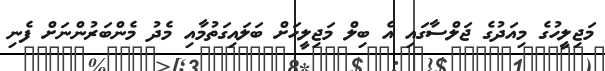
މަޖިލީހުގެ މިއަދުގެ ޖަލްސާގައި އެ ބިލް މަޖިލީހަށް ބަލައިގަތުމާއި މެދު މެންބަރުންނަށް ފެނި